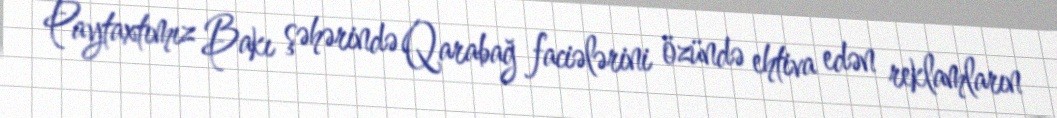
Paytaxtımız Bakı şəhərində Qarabağ faciələrini özündə ehtiva edən reklamların